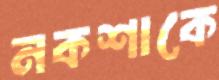
নকশাকে